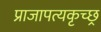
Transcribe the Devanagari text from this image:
प्राजापत्यकृच्छ्र